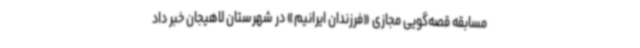
مسابقه قصه‌گویی مجازی «فرزندان ایرانیم» در شهرستان لاهیجان خبر داد